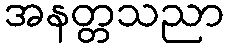
အနတ္တသညာ